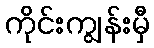
ကိုင်းကျွန်းမှီ